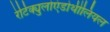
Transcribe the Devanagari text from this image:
रेटिक्युलोएंडोथीलियल